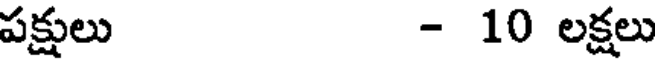
పక్షులు - 10 లక్షలు